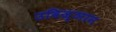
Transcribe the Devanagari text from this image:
उविज्ञान